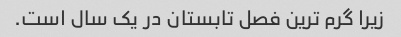
زیرا گرم ترین فصل تابستان در یک سال است.